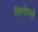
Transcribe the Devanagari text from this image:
विलोपनों